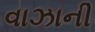
વાઝાની